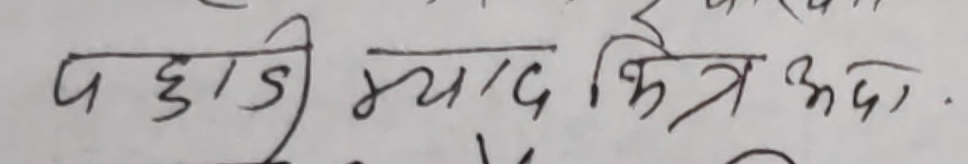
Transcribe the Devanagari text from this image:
पहाडी म्याग्दी जिल्ला .